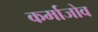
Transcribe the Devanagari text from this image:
कर्माजोव